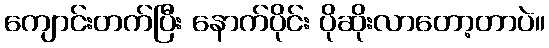
ကျောင်းတက်ပြီး နောက်ပိုင်း ပိုဆိုးလာတော့တာပဲ။